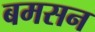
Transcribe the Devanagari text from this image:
बमसन